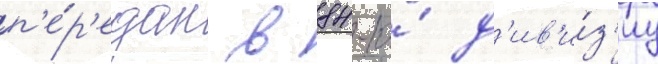
п'е́р'едан в 84-ю́ д'ив'и́з'иу